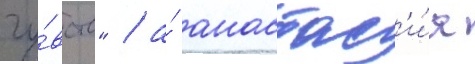
чу́вств" / а́ анастас'и́я